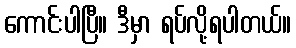
ကောင်းပါပြီ။ ဒီမှာ ရပ်လို့ရပါတယ်။